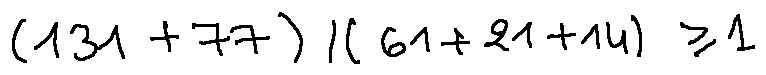
( 1 3 1 + 7 7 ) / ( 6 1 + 2 1 + 1 4 ) \geq 1